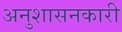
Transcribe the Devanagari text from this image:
अनुशासनकारी